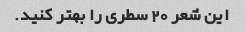
این شعر 20 سطری را بهتر کنید.